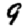
Digit: 9